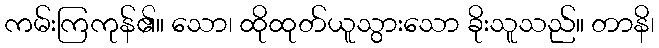
ကမ်းကြကုန်၏။ သော၊ ထိုထုတ်ယူသွားသော ခိုးသူသည်။ တာနိ၊